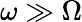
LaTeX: \omega\gg\Omega